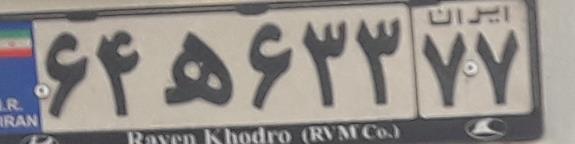
۶۴ه۶۳۳۷۷